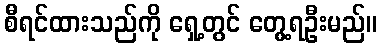
စီရင်ထားသည်ကို ရှေ့တွင် တွေ့ရဦးမည်။